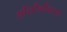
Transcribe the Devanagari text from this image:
औद्यौगीकरण